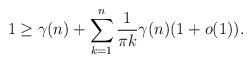
LaTeX: \begin{align*}1 \ge\gamma(n)+ \sum_{k=1}^{n} \frac{1}{\pi k}\gamma(n)(1+o(1)). \end{align*}